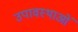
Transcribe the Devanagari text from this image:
उपावस्थाओं